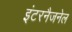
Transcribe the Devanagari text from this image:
इंटरनैजनेल